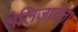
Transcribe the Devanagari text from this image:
येलिज़ावेता